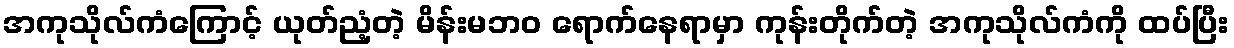
အကုသိုလ်ကံကြောင့် ယုတ်ညံ့တဲ့ မိန်းမဘဝ ရောက်နေရာမှာ ကုန်းတိုက်တဲ့ အကုသိုလ်ကံကို ထပ်ပြီး